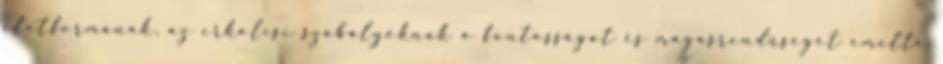
életformának, az erkölcsi szabályoknak a fontosságát és magasrendűségét emelte